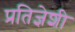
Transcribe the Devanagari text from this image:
प्रतिज्ञेशी